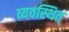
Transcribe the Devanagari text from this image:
व्यवस्थित्